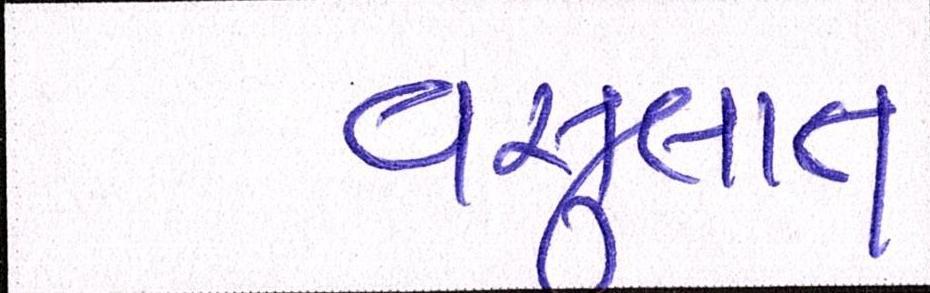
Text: વસુલાત